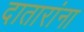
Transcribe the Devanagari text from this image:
दातारांना